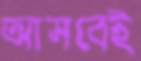
আসবেই